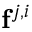
\mathbf { f } ^ { j , i }